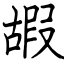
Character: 嘏